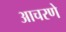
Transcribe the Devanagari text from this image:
आचरणे